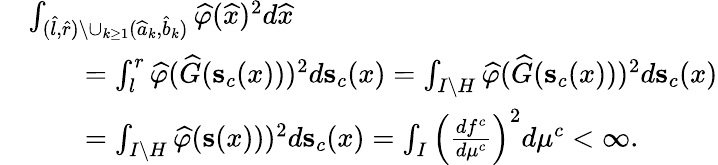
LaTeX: \begin{array}{rl}&{\int_{(\widehat{l},\widehat{r})\setminus\cup_{k\geq 1}(\widehat{a}_{k},\widehat{b}_{k})}\widehat{\varphi}(\widehat{x})^{2}d\widehat{x}}\\ &{\qquad=\int_{l}^{r}\widehat{\varphi}(\widehat{G}(\mathbf{s}_{c}(x)))^{2}d\mathbf{s}_{c}(x)=\int_{I\setminus H}\widehat{\varphi}(\widehat{G}(\mathbf{s}_{c}(x)))^{2}d\mathbf{s}_{c}(x)}\\ &{\qquad=\int_{I\setminus H}\widehat{\varphi}(\mathbf{s}(x)))^{2}d\mathbf{s}_{c}(x)=\int_{I}\left(\frac{df^{c}}{d\mu^{c}}\right)^{2}d\mu^{c}<\infty.}\end{array}